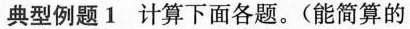
典型例题1 计算下面各题。（能简算的